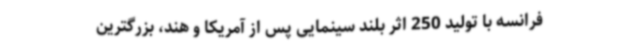
فرانسه با تولید 250 اثر بلند سینمایی پس از آمریکا و هند، بزرگترین